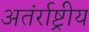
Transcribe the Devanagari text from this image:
अतंर्राष्ट्रीय